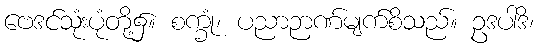
ဗေဒင်သုံးပုံတို့၌။ စက္ခုံ၊ ပညာဉာဏ်မျက်စိသည်။ ဥဒပါဒိ၊